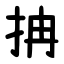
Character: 抩